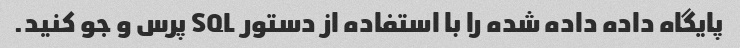
پایگاه داده داده شده را با استفاده از دستور SQL پرس و جو کنید.